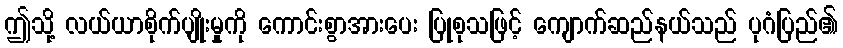
ဤသို့ လယ်ယာစိုက်ပျိုးမှုကို ကောင်းစွာအားပေး ပြုစုသဖြင့် ကျောက်ဆည်နယ်သည် ပုဂံပြည်၏